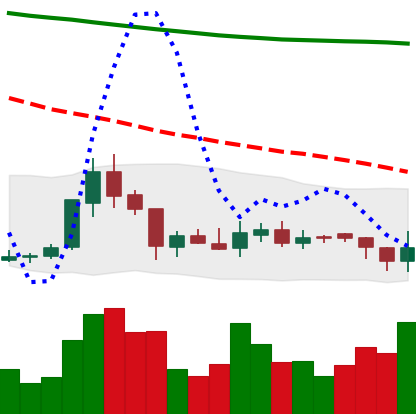
Ticker: XRP-USD
Chart end date: 2018-08-01
Forward return: -7.126%
Label: down_7plus